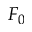
F _ { 0 }